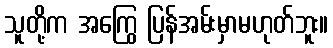
သူတို့က အကြွေ ပြန်အမ်းမှာမဟုတ်ဘူး။